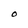
Character: O